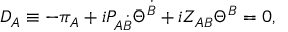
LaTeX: D _ { A } \equiv - \pi _ { A } + i P _ { A \dot { B } } \bar { \Theta } ^ { \dot { B } } + i Z _ { A B } \Theta ^ { B } = 0 , \qquad